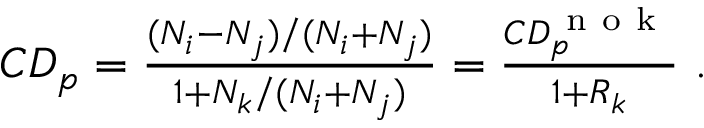
\begin{array} { r } { C D _ { p } = \frac { ( N _ { i } - N _ { j } ) / ( N _ { i } + N _ { j } ) } { 1 + N _ { k } / ( N _ { i } + N _ { j } ) } = \frac { C D _ { p } ^ { \mathrm { ~ n ~ o ~ k ~ } } } { 1 + R _ { k } } \ . } \end{array}